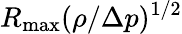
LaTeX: R_{\mathrm{{max}}}(\rho/\Delta p)^{1/2}